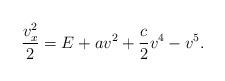
LaTeX: \begin{align*}\frac{v_x^2}{2}=E+av^2+\frac{c}{2}v^4-v^5.\end{align*}